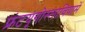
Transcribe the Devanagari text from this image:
फ्रंटयूगोस्लावियामें